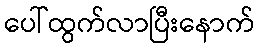
ပေါ်ထွက်လာပြီးနောက်